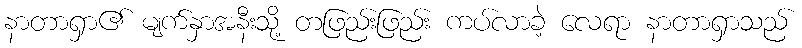
နာတာရှာ၏ မျက်နှာအနီးသို့ တဖြည်းဖြည်း ကပ်လာခဲ့ လေရာ နာတာရှာသည်